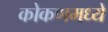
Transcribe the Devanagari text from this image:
कोकणमध्ये